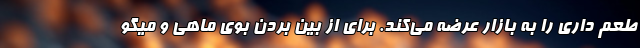
طعم داری را به بازار عرضه می‌کند. برای از بین بردن بوی ماهی و میگو